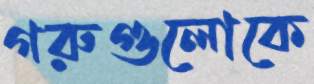
গরুগুলোকে